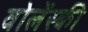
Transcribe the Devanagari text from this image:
वोलेंस्की